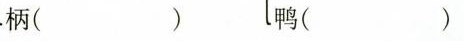
柄( )鸭( )